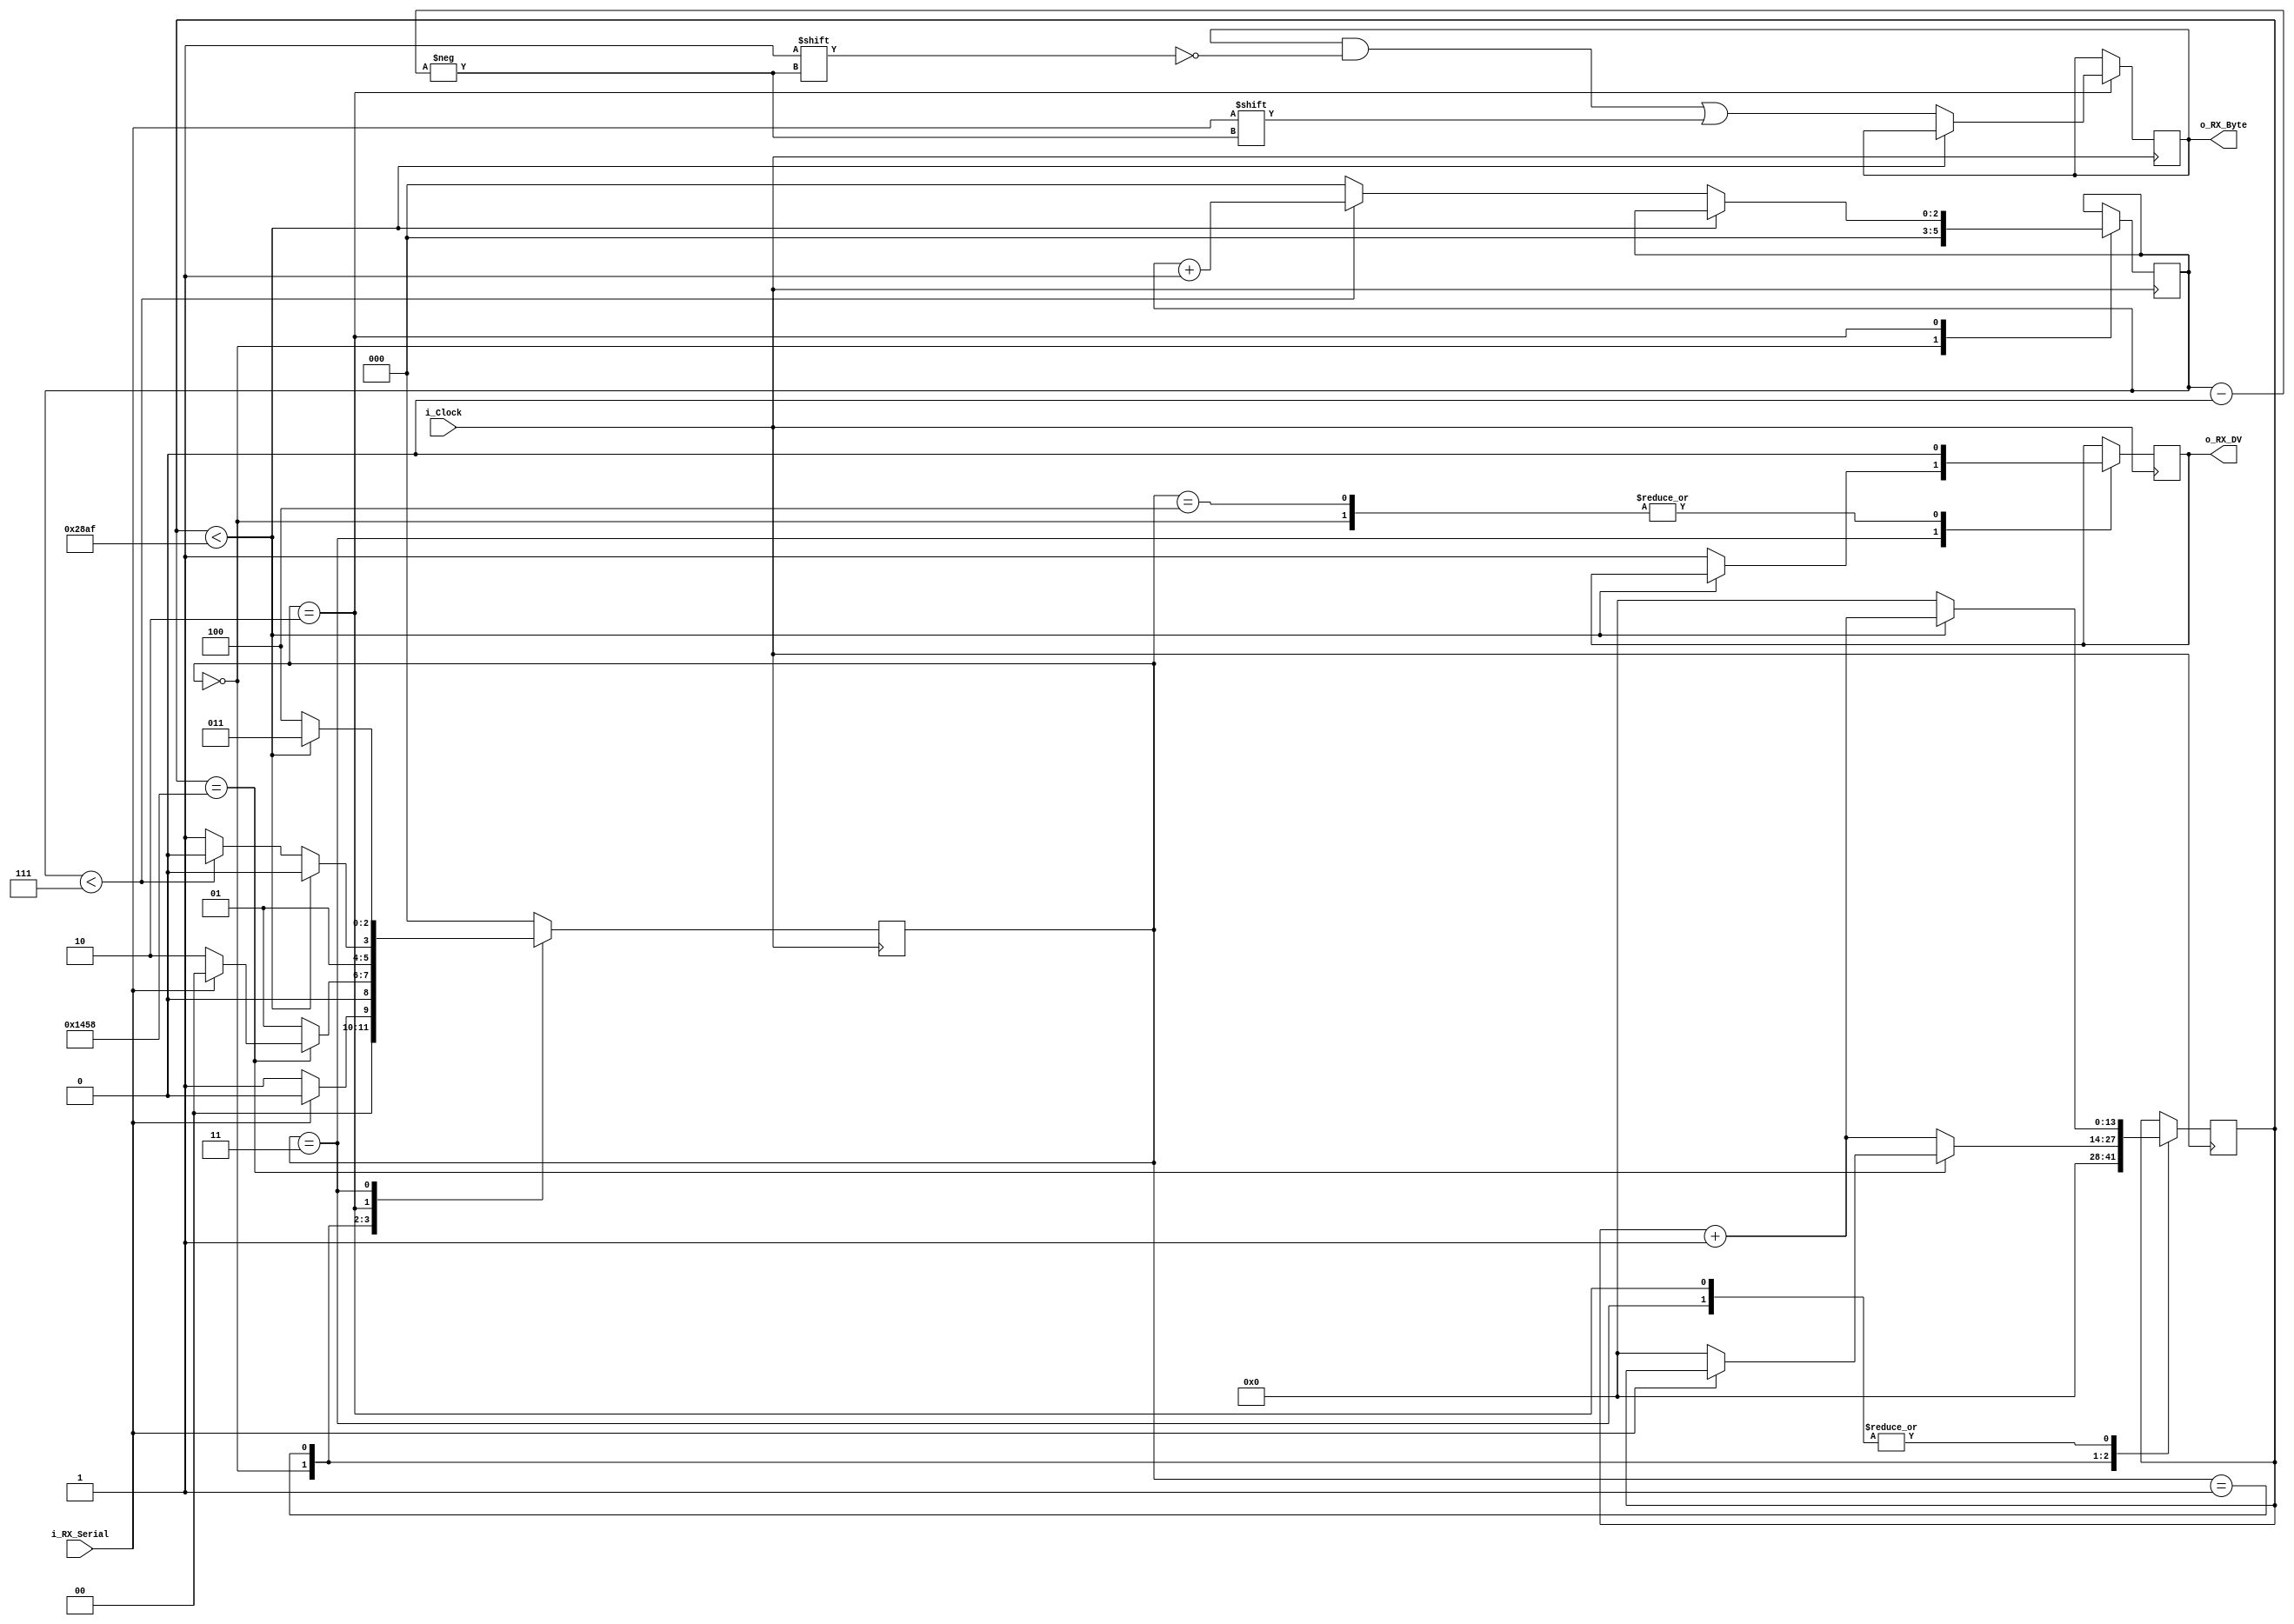
module uart_rx
		#(parameter CLOCKS_PER_BIT = 10416)
		(
			input 		i_Clock,
			input 		i_RX_Serial,
			output		o_RX_DV,
			output[7:0] o_RX_Byte
		);
		
		parameter IDLE = 3'b000;
		parameter RX_START_BIT = 3'b001;
		parameter RX_DATA_BITS = 3'b010;
		parameter RX_STOP_BIT = 3'b011;
		parameter CLEANUP = 3'b100;
		
		reg[13:0] r_Clock_Count = 0;
		reg[2:0] r_Bit_Index = 0;
		reg[7:0] r_RX_Byte = 0;
		reg r_RX_DV = 0;
		reg[2:0] r_SM_Main = 0;
		
		always @(posedge i_Clock)
		begin
			case (r_SM_Main)
				IDLE:
					begin
						r_RX_DV <= 1'b0;
						r_Clock_Count <= 0;
						r_Bit_Index <= 0;
						
						if (i_RX_Serial == 1'b0)
							r_SM_Main <= RX_START_BIT;
						else
							r_SM_Main <= IDLE;
					end
					
				RX_START_BIT:
					begin
						if (r_Clock_Count == CLOCKS_PER_BIT / 2)
						begin
							if (i_RX_Serial == 1'b0)
							begin
								r_Clock_Count <= 0;
								r_SM_Main <= RX_DATA_BITS;
							end
							else
								r_SM_Main <= IDLE;
						end
						else
						begin
							r_Clock_Count <= r_Clock_Count + 1'b1;
							r_SM_Main <= RX_START_BIT;
						end
					end
					
				RX_DATA_BITS:
					begin
						if(r_Clock_Count < CLOCKS_PER_BIT - 1)
						begin
							r_Clock_Count <= r_Clock_Count + 1'b1;
							r_SM_Main <= RX_DATA_BITS;
						end
						else
						begin
							r_Clock_Count <= 0;
							r_RX_Byte[r_Bit_Index] <= i_RX_Serial;
							
							if (r_Bit_Index < 7)
							begin
								r_Bit_Index <= r_Bit_Index + 1'b1;
								r_SM_Main <= RX_DATA_BITS;
							end
							else
							begin
								r_Bit_Index <= 0;
								r_SM_Main <= RX_STOP_BIT;
							end
						end
					end
					
				RX_STOP_BIT:
					begin
						if(r_Clock_Count < CLOCKS_PER_BIT - 1)
						begin
							r_Clock_Count <= r_Clock_Count + 1'b1;
							r_SM_Main <= RX_STOP_BIT;
						end
						else
						begin
							r_RX_DV <= 1'b1;
							r_Clock_Count <= 0;
							r_SM_Main <= CLEANUP;
						end
					end
				
				CLEANUP:
					begin
						r_SM_Main <= IDLE;
						r_RX_DV <= 1'b0;
					end
					
				default:
					r_SM_Main <= IDLE;
					
			endcase
		end
		
		assign o_RX_Byte = r_RX_Byte;
		assign o_RX_DV = r_RX_DV;
endmodule